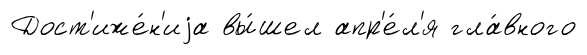
Дост'иже́н'иjа вы́шел апр'е́л'я гла́вного